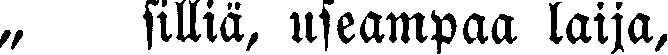
„ silliä, useampaa laija,